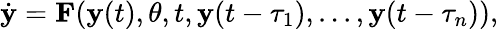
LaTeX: \dot{\mathbf{y}}=\mathbf{F}(\mathbf{y}(t),\mathbf{\theta},t,\mathbf{y}(t-\tau_{1}),...,\mathbf{y}(t-\tau_{n})),